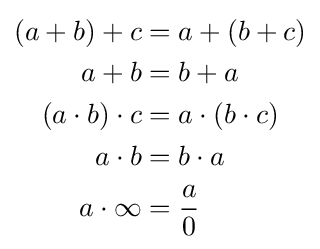
{\begin{aligned}(a+b)+c&=a+(b+c)\\a+b&=b+a\\(a\cdot b)\cdot c&=a\cdot (b\cdot c)\\a\cdot b&=b\cdot a\\a\cdot \infty &={\frac {a}{0}}\\\end{aligned}}